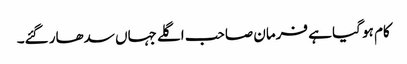
کام ہو گیا ہے فرمان صاحب اگلے جہاں سدھار گئے۔